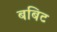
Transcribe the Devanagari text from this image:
बबिट